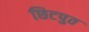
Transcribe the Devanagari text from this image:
छिटपुत